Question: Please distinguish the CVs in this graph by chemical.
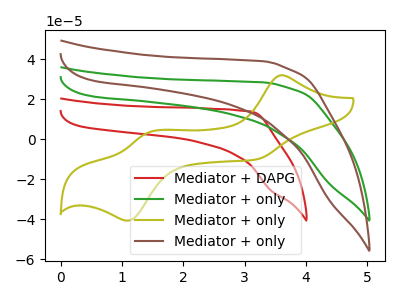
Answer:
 <answer>The red curve is labeled "Mediator + DAPG". The green curve is labeled "Mediator + only". The olive curve is labeled "Mediator + only". The brown curve is labeled "Mediator + only".</answer>
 <eval></eval>